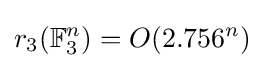
r_{3}(\mathbb {F} _{3}^{n})=O(2.756^{n})